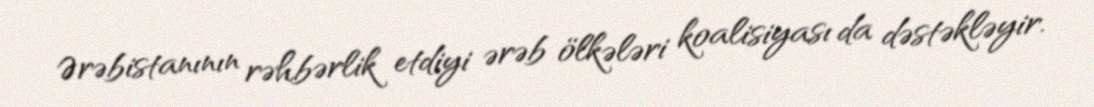
Ərəbistanının rəhbərlik etdiyi ərəb ölkələri koalisiyası da dəstəkləyir.